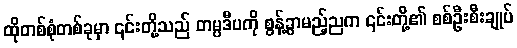
ထိုတစ်စုံတစ်ခုမှာ ၎င်းတို့သည် တမ္ပဒီပကို စွန့်ခွာမည့်ညက ၎င်းတို့၏ စစ်ဦးစီးချုပ်